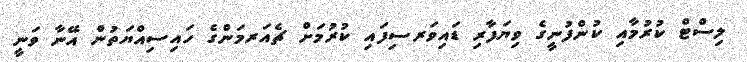
ލިސްޓް ކުރުމާއި ކުންފުނީގެ ވިޔަފާރި ޑައިވަރސިފައި ކުރުމަށް ޗެއަރމަންގެ ހައިސިއްޔަތުން އޭނާ ވަނީ